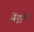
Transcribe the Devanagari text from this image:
सिंधुदुर्गचे